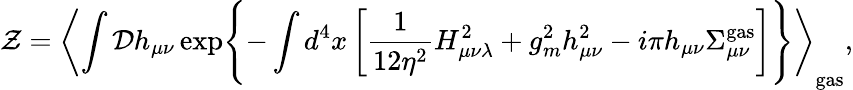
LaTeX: {\cal Z}=\left<\int{\cal D}h_{\mu\nu}\exp\Biggl\{ -\int d^{4}x\left[\frac 1{12\eta^{2}}H_{\mu\nu\lambda}^{2}+g_{m}^{2}h_{\mu\nu}^{2}-i\pi h_{\mu\nu}\Sigma_{\mu\nu}^{\mathrm{gas}}\right]\Biggr\} \right>_{\mathrm{gas}},